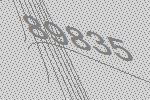
89835